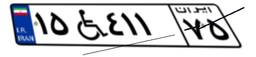
۱۵W۴۱۱۷۵